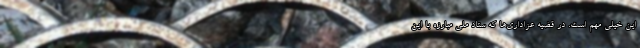
این خیلی مهم است. در قضیه عزاداری‌ها که ستاد ملّی مبارزه‌ با این